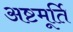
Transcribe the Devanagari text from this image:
अष्टमूर्ति